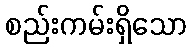
စည်းကမ်းရှိသော